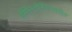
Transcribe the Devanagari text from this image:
हॅमिल्टोनियनवरील